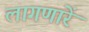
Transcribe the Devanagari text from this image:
लागणारें